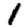
Digit: 1